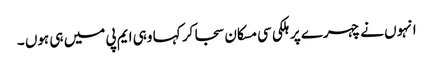
انہوں نے چہرے پر ہلکی سی مسکان سجا کر کہا وہی ایم پی میں ہی ہوں ۔